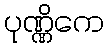
ပုဏ္ဏိကေ